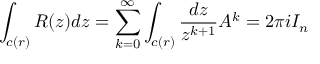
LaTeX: \int _ { c ( r ) } R ( z ) d z = \sum _ { k = 0 } ^ { \infty } \int _ { c ( r ) } { \frac { d z } { z ^ { k + 1 } } } A ^ { k } = 2 \pi i I _ { n }